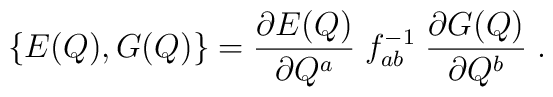
\{E(Q),G(Q)\}={\frac{{\partial E(Q)}}{{\partial Q^a}}}\;f_{ab}^{-1}\;{\frac{{\partial G(Q)}}{{\partial Q^b}}\;.}